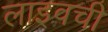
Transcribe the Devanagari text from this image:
लाइवची